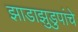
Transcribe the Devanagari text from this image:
झाडाझुडुपांचे